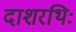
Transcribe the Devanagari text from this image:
दाशरथिः